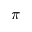
\pi